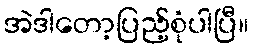
အဲဒါတော့ပြည့်စုံပါပြီ။